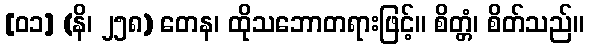
[၀၁] (နိ၊ ၂၅၈) တေန၊ ထိုသဘောတရားဖြင့်။ စိတ္တံ၊ စိတ်သည်။